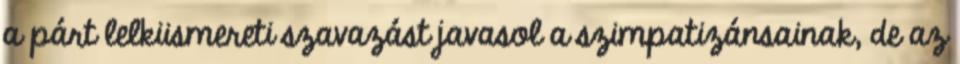
a párt lelkiismereti szavazást javasol a szimpatizánsainak, de az